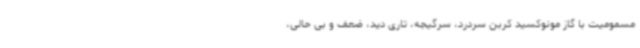
مسمومیت با گاز مونوکسید کربن سردرد، سرگیجه، تاری دید، ضعف و بی حالی،